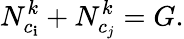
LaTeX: N_{c_{\mathbf{i}}}^{k}+N_{c_{j}}^{k}=G.